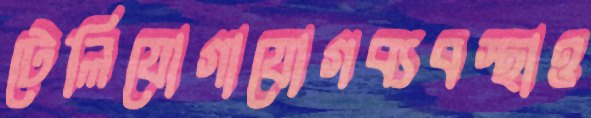
টেলিযোগাযোগব্যবস্থাও